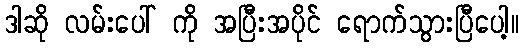
ဒါဆို လမ်းပေါ် ကို အပြီးအပိုင် ရောက်သွားပြီပေါ့။